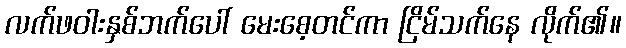
လက်ဖဝါးနှစ်ဘက်ပေါ် မေးစေ့တင်ကာ ငြိမ်သက်နေ လိုက်၏။